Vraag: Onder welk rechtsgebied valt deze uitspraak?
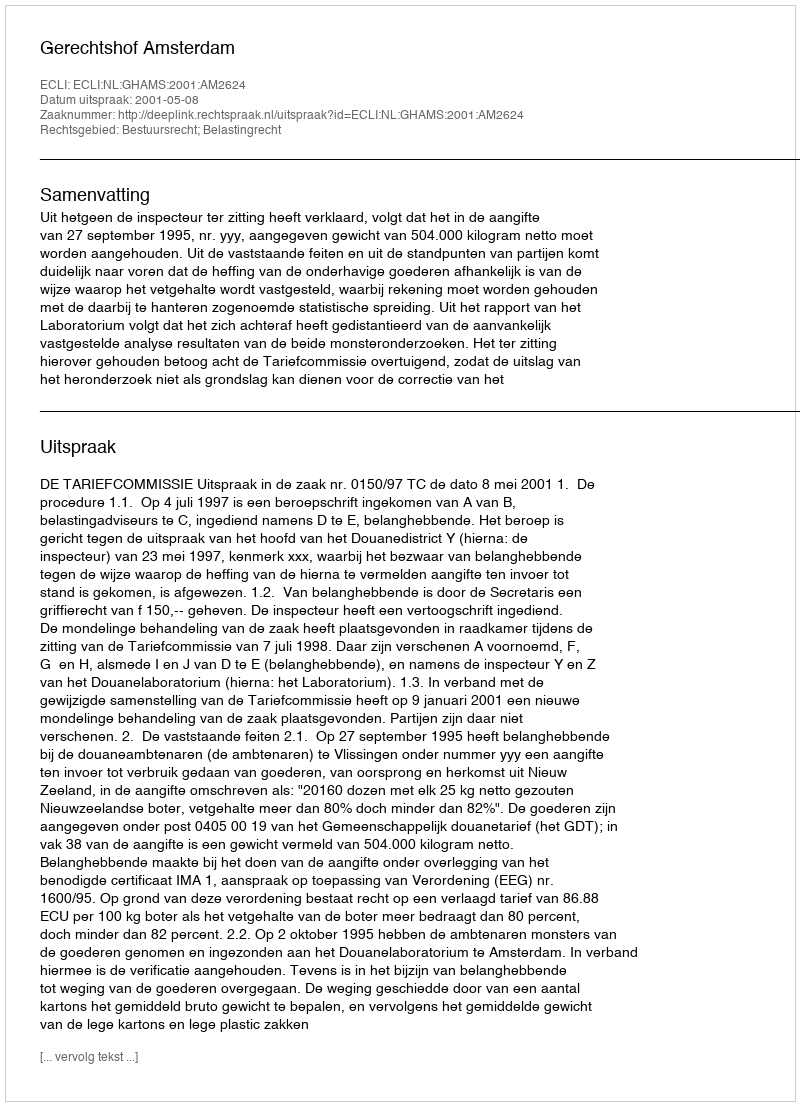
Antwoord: Bestuursrecht; Belastingrecht